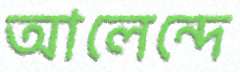
আলেন্দে